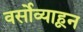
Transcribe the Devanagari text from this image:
वर्सोव्याहून